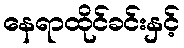
နေရာထိုင်ခင်းနှင့်